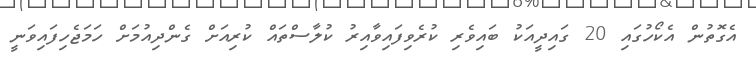
އެގޮތުން އެކޯހުގައި 20 ގައިދީއަކު ބައިވެރި ކުރެވިފައިވާއިރު ކުލާސްތައް ކުރިއަށް ގެންދިއުމަށް ހަމަޖެހިފައިވަނީ